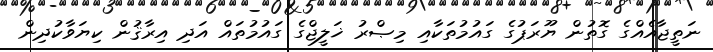
ނަތީޖާއެއްގެ ގޮތުން ޔޫރަޕުގެ ގައުމުތަކާއި މިޞްރު ޚަލީޖްގެ ގައުމުތައް އަދި އިރާޤުން ކިޔަވާކުދިން